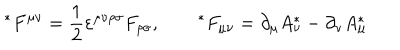
{ } ^ { * } F ^ { \mu \nu } = \frac 1 2 \varepsilon ^ { \mu \nu \rho \sigma } F _ { \rho \sigma } , \qquad { } ^ { * } F _ { \mu \nu } = \partial _ { \mu } A _ { \nu } ^ { * } - \partial _ { \nu } A _ { \mu } ^ { * }